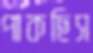
পাকছিস